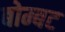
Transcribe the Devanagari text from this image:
बोम्बट